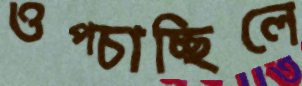
ওপ্‌চাচ্ছিলে